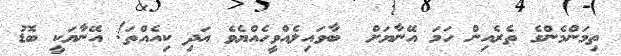
ތިމަންމެންގެ ތެރެއިން ހަމަ އޭނާޔަށް  ބާވައިލެއްވީހެއްޔެވެ އަދި ކިއެއްތަ! އޭނާޔަކީ ބޮޑު